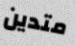
متدين